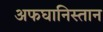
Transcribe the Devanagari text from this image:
अफघानिस्तान